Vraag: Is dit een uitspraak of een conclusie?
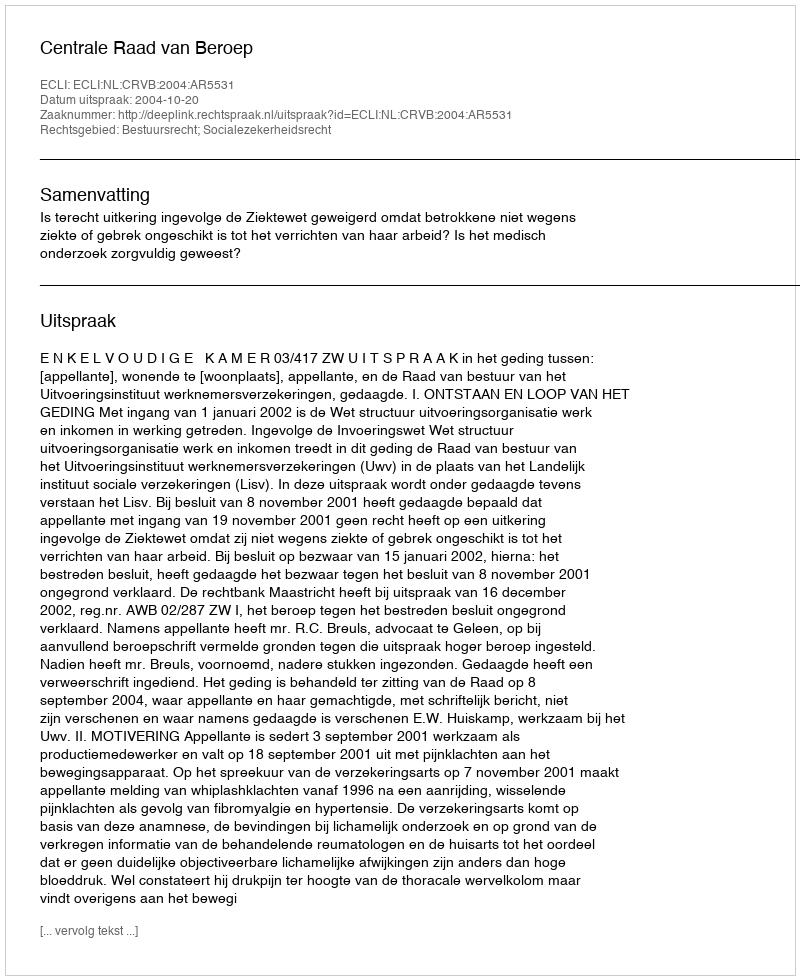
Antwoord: Uitspraak